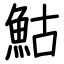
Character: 鮕